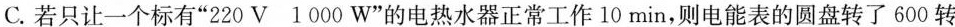
C.若只让一个标有”220V1000W”的电热水器正常工作10min，则电能表的圆盘转了600转